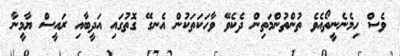
ވެސް ހިމެނެނީތޯއެވެ ތުންތުންމަތިން ދެކެވޭ ވާހަކަތަކުން އެނގޭ ގޮތުގައި އަދީބާއި ރައީސް ޔާމީނާ